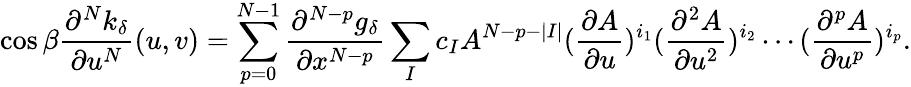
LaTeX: \cos\beta\frac{\partial^{N}k_{\delta}}{\partial u^{N}}(u,v)=\sum_{p=0}^{N-1}\frac{\partial^{N-p}g_{\delta}}{\partial x^{N-p}}\sum_{I}c_{I}A^{N-p-|I|}(\frac{\partial A}{\partial u})^{i_{1}}(\frac{\partial^{2}A}{\partial u^{2}})^{i_{2}}\cdots(\frac{\partial^{p}A}{\partial u^{p}})^{i_{p}}.